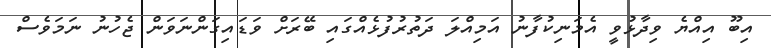
އިބޫ އިއްޔެ ވިދާޅުވީ އެމަނިކުފާނު އަމިއްލަ ދަތުރުފުޅެއްގައި ބޭރަށް ވަޑައިގަންނަވަން ޖެހުނު ނަމަވެސް